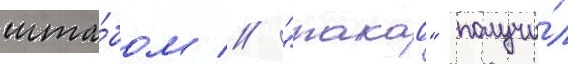
шта́бом // "такао" получи́л